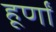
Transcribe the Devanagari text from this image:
हूर्णों